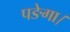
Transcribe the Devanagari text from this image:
पङेगा।